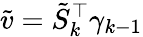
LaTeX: \tilde{v}=\tilde{S}_{k}^{\top}\gamma_{k-1}